Source: Handwritten
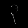
Digit: ၃ (3)